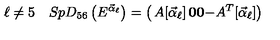
\ell \neq 5 \quad S p D _ { 5 6 } \left( E ^ { { \vec { \alpha } } _ { \ell } } \right) = \left( \begin{matrix} { A [ { { \vec { \alpha } } _ { \ell } } ] } & { { \bf 0 } } \\ { { \bf 0 } } & { - A ^ { T } [ { { \vec { \alpha } } _ { \ell } } ] } \\ \end{matrix} \right)